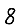
Digit: 8